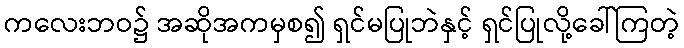
ကလေးဘဝ၌ အဆိုအကမှစ၍ ရှင်မပြုဘဲနှင့် ရှင်ပြုလို့ခေါ်ကြတဲ့